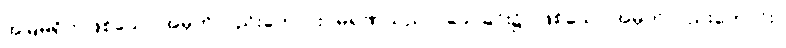
အမြဲမရှိဟုဖြစ်သော အမှတ်လည်းကောင်း။ မရဏသညာ၊ သေခြင်း၌ုဖြစ်သော အမှတ်လည်းကောင်း။